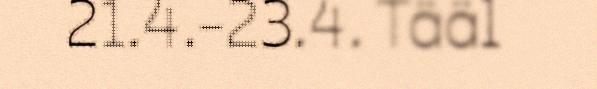
21.4.-23.4. Tääl